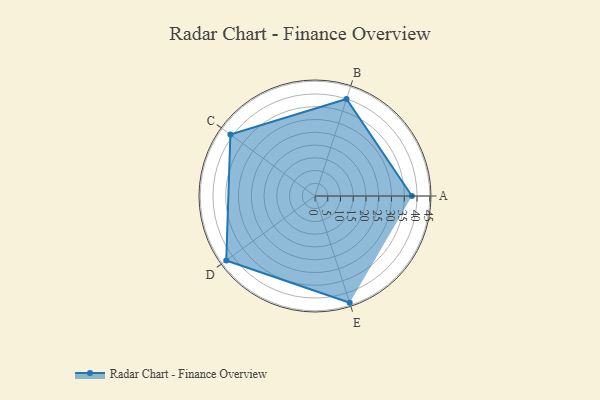
{"axis": {"x": "Skill", "y": "Score"}, "legend": ["Profile"], "data": [{"x": "A", "y": 38.0, "type": "Profile"}, {"x": "B", "y": 40.0, "type": "Profile"}, {"x": "C", "y": 41.0, "type": "Profile"}, {"x": "D", "y": 43.0, "type": "Profile"}, {"x": "E", "y": 44.0, "type": "Profile"}]}